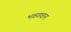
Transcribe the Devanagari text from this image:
भवगवान